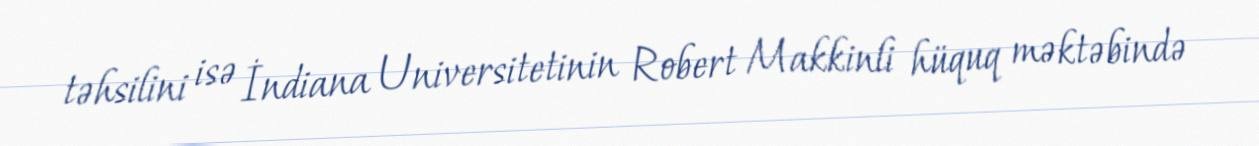
təhsilini isə İndiana Universitetinin Robert Makkinli hüquq məktəbində